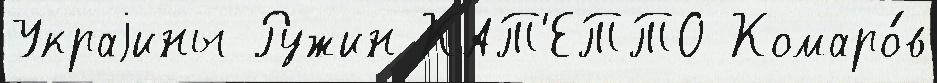
Украjины Ружин КАТ'ЕТТО Комаро́в